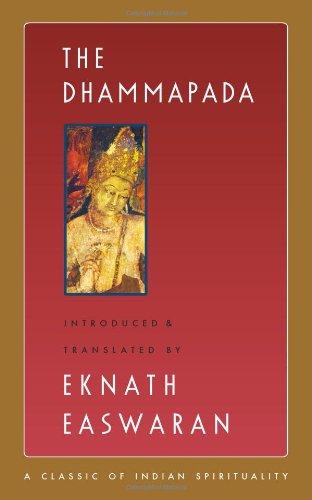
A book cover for The Dhammapada (Classics of Indian Spirituality); Politics & Social Sciences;